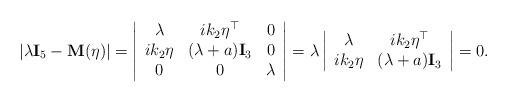
LaTeX: \begin{align*}\begin{array}{ll}|\lambda \mathbf{I}_{5} - \mathbf{M}(\eta)| =\left|\begin{array}{ccc} \lambda & ik_2\eta^{\top} & 0 \\ik_2\eta & (\lambda+a)\mathbf{I}_3 & 0 \\0 & 0 & \lambda \end{array}\right|= \lambda \left|\begin{array}{ccc} \lambda & ik_2\eta^{\top} \\ik_2\eta & (\lambda+a)\mathbf{I}_3 \\\end{array}\right| =0.\end{array}\end{align*}